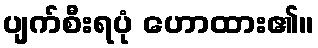
ပျက်စီးရပုံ ဟောထား၏။